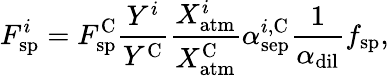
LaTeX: F_{\mathrm{sp}}^{i}=F_{\mathrm{sp}}^{\mathrm{C}}\frac{Y^{i}}{Y^{\mathrm{C}}}\frac{X_{\mathrm{atm}}^{i}}{X_{\mathrm{atm}}^{\mathrm{C}}}\alpha_{\mathrm{sep}}^{i,\mathrm{C}}\frac{1}{\alpha_{\mathrm{dil}}}f_{\mathrm{sp}},